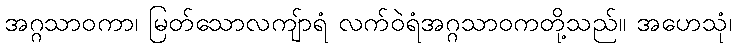
အဂ္ဂသာဝကာ၊ မြတ်သောလကျ်ာရံ လက်ဝဲရံအဂ္ဂသာဝကတို့သည်။ အဟေသုံ၊